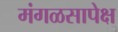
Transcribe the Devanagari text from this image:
मंगळसापेक्ष